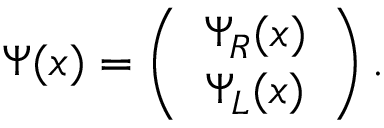
\Psi ( x ) = \left( \begin{array} { c } { { \Psi _ { R } ( x ) } } \\ { { \Psi _ { L } ( x ) } } \end{array} \right) .